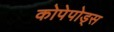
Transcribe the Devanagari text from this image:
कोपेपोड्स